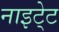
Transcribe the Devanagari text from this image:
नाइटे्ट